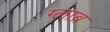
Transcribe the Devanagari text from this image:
ग्लाब्र